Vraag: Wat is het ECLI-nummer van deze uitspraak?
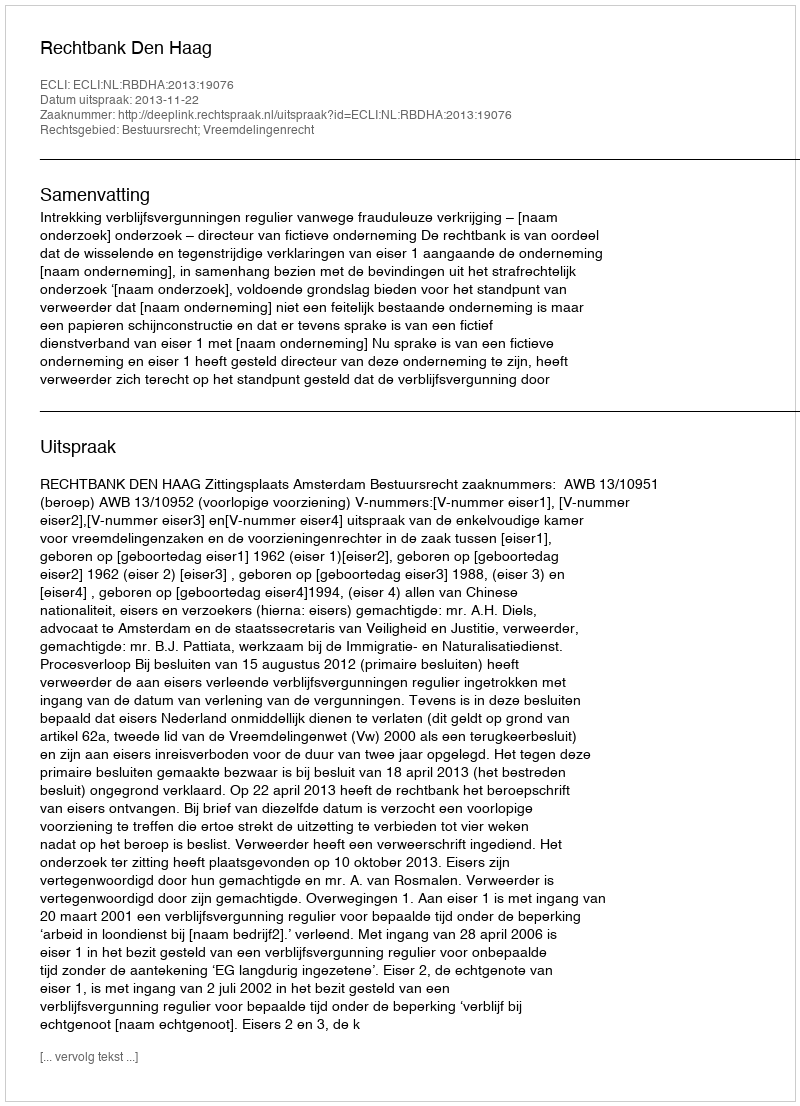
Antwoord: ECLI:NL:RBDHA:2013:19076